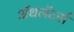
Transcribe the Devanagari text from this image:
ॲथलॅटर्स